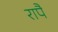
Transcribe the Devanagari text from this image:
रापैं